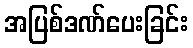
အပြစ်ဒဏ်ပေးခြင်း